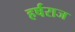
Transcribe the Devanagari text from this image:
हर्षराज